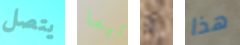
يتصل تيسا و هذا